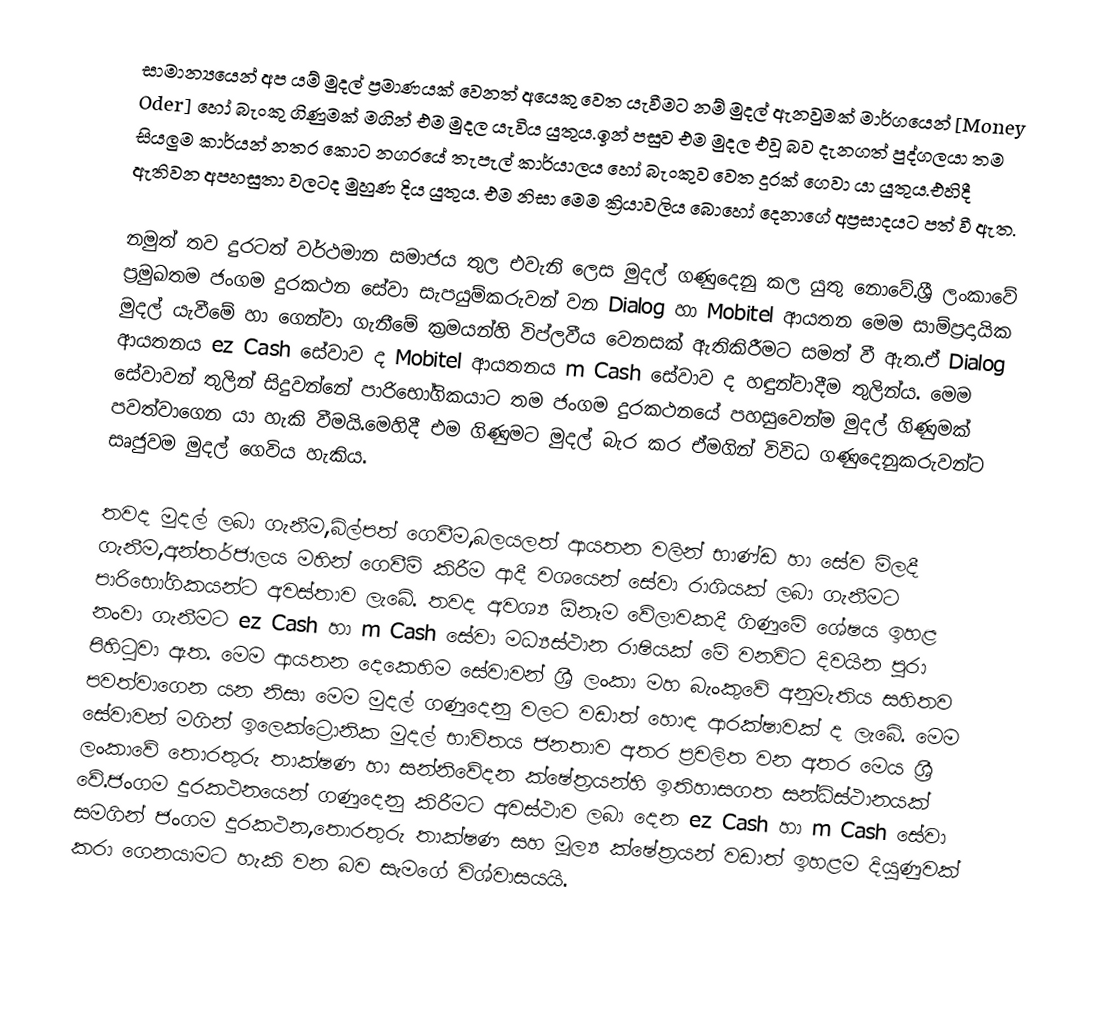
සාමාන්‍යයෙන් අප යම් මුදල් ප්‍රමාණයක් වෙනත් අයෙකු වෙත යැවීමට නම් මුදල් ඇනවුමක් මාර්ගයෙන් [Money Oder] හෝ බැංකු ගිණුමක් මගින් එම මුදල යැවිය යුතුය.ඉන් පසුව එම මුදල එවූ බව දැනගත් පුද්ගලයා තම සියලුම කාර්යන් නතර කොට නගරයේ තැපැල් කාර්යාලය හෝ බැංකුව වෙත දුරක් ගෙවා යා යුතුය.එහිදී ඇතිවන අපහසුතා වලටද මුහුණ දිය යුතුය. එම නිසා මෙම ක්‍රියාවලිය බොහෝ දෙනාගේ අප්‍රසාදයට පත් වී ඇත.

නමුත් තව දුරටත් වර්ථමාන සමාජය තුල එවැනි ලෙස මුදල් ගණුදෙනු කල යුතු නොවේ.ශ්‍රී ලංකාවේ ප්‍රමුඛතම ජංගම දුරකථන සේවා සැපයුම්කරුවන් වන Dialog හා Mobitel ආයතන මෙම සාම්ප්‍රදායික මුදල් යැවීමේ හා ගෙන්වා ගැනීමේ ක්‍රමයන්හි විප්ලවීය වෙනසක් ඇතිකිරීමට සමත් වී ඇත.ඒ Dialog ආයතනය ez Cash සේවාව ද Mobitel ආයතනය m Cash සේවාව ද හඳුන්වාදීම තුලින්ය. මෙම සේවාවන් තුලින් සිදුවන්නේ පාරිභෝගිකයාට තම ජංගම දුරකථනයේ පහසුවෙන්ම මුදල් ගිණුමක් පවත්වාගෙන යා හැකි වීමයි.මෙහිදී එම ගිණුමට මුදල් බැර කර ඒමගින් විවිධ ගණුදෙනුකරුවන්ට සෘජුවම මුදල් ගෙවිය හැකිය.

තවද මුදල් ලබා ගැනීම,බිල්පත් ගෙවීම,බලයලත් ආයතන වලින් භාණ්ඩ හා සේව මිලදී ගැනීම,අන්තර්ජාලය මහින් ගෙවීම් කිරීම ආදී වශයෙන් සේවා රාශියක් ලබා ගැනීමට පාරිභෝගිකයන්ට අවස්තාව ලැබේ. තවද අවශ්‍ය ඕනෑම වේලාවකදී ගිණුමේ ශේෂය ඉහළ නංවා ගැනීමට ez Cash හා m Cash සේවා මධ්‍යස්ථාන රාෂියක් මේ වනවිට දිවයින පුරා පිහිටුවා ඇත. මෙම ආයතන දෙකෙහිම සේවාවන් ශ්‍රී ලංකා මහ බැංකුවේ අනුමැතිය සහිතව පවත්වාගෙන යන නිසා මෙම මුදල් ගණුදෙනු වලට වඩාත් හොඳ ආරක්ෂාවක් ද ලැබේ. මෙම සේවාවන් මගින් ඉලෙක්ට්‍රොනික මුදල් භාවිතය ජනතාව අතර ප්‍රචලිත වන අතර මෙය ශ්‍රී ලංකාවේ තොරතුරු තාක්ෂණ හා සන්නිවේදන ක්ෂේත්‍රයන්හි ඉතිහාසගත සන්ධිස්ථානයක් වේ.ජංගම දුරකථනයෙන් ගණුදෙනු කිරීමට අවස්ථාව ලබා දෙන ez Cash හා m Cash සේවා සමගින් ජංගම දුරකථන,තොරතුරු තාක්ෂණ සහ මූල්‍ය ක්ෂේත්‍රයන් වඩාත් ඉහළම දියුණුවක් කරා ගෙනයාමට හැකි වන බව සැමගේ විශ්වාසයයි.